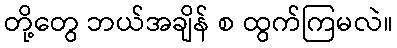
တို့တွေ ဘယ်အချိန် စ ထွက်ကြမလဲ။